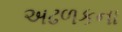
અઢળકના